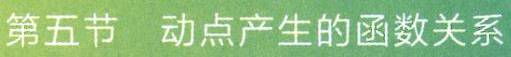
第五节 动点产生的函数关系